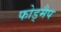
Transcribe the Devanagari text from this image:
फोड्मैप